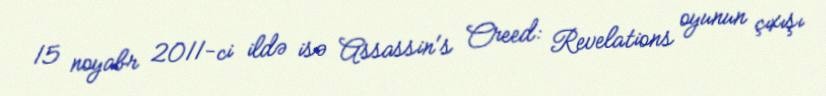
15 noyabr 2011-ci ildə isə Assassin's Creed: Revelations oyunun çıxışı